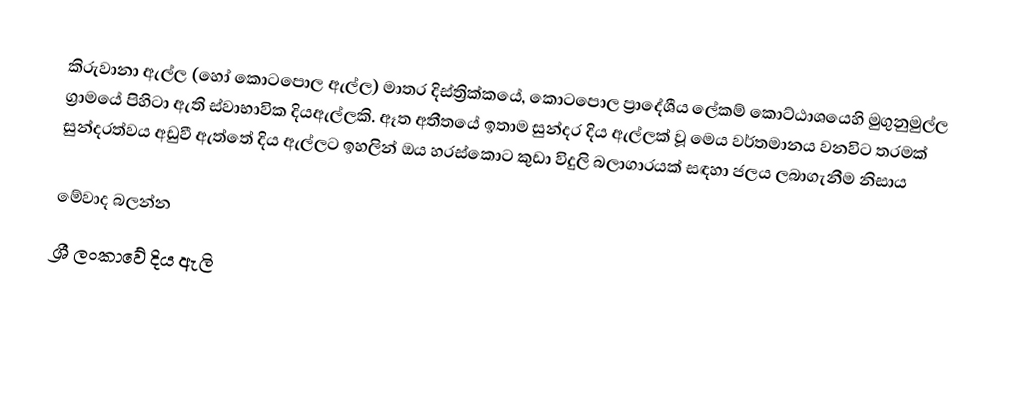
කිරුවානා ඇල්ල (හෝ කොටපො​ල ඇල්ල) මාතර දිස්ත්‍රික්කයේ, කොටපොල ප්‍රාදේශීය ලේකම් කොට්ඨාශයෙහි මුගුනුමුල්ල ග්‍රාමයේ පිහිටා ඇති ස්වාභාවික දියඇල්ලකි. ඈත අතීතයේ ඉතාම සුන්දර දිය ඇල්ලක් වූ මෙය වර්තමානය වනවිට තරමක් සුන්දරත්වය අඩුවී ඇත්තේ දිය ඇල්ලට ඉහලින් ඔය හරස්කොට කුඩා විදුලි බලාගාරයක් සඳහා ජලය ලබාගැනීම නිසාය

මේවාද බලන්​න
 ශ්‍රී ලංකාවේ දිය ඇලි